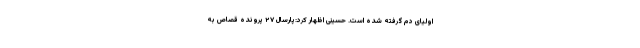
اولیای دم گرفته شده است. حسینی اظهار کرد:پارسال ۲۷ پرونده قصاص به